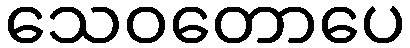
သေဝတောပေ